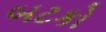
બટકો